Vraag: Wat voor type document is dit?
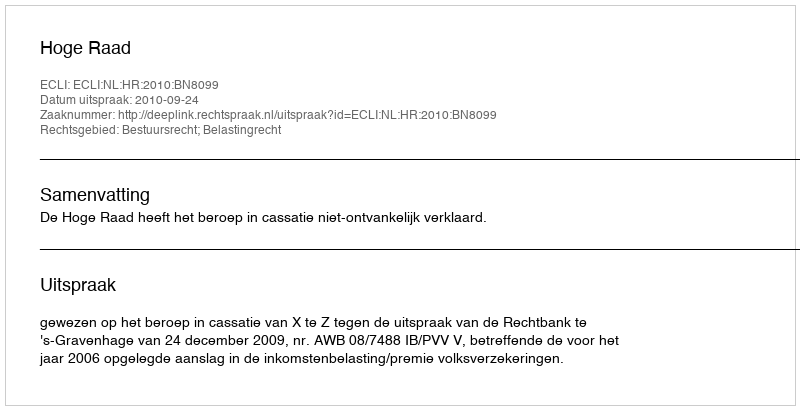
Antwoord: Uitspraak